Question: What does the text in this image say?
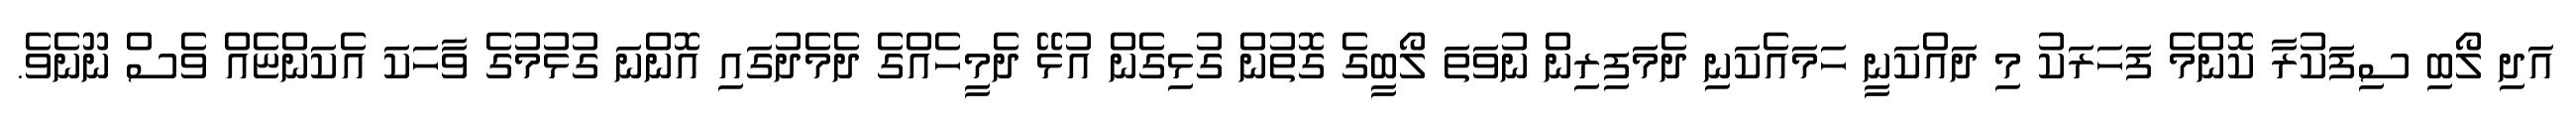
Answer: އަދި ލޯބި ސިފަކުރާ ކޮންމެ ފަހަރަކު މި ދައްކަނީ ހަމައެކަނި ދެމަފިރިން ނުވަތަ ލޯބީގެ ގޮތުން ގުޅިގެން އުޅޭ ދެމީހެއްގެ ދެމެދުގައި އޮންނަ ގުޅުމުގެ ވާހަކަ އެކަންޏެއް ވެސް ނޫނެވެ.